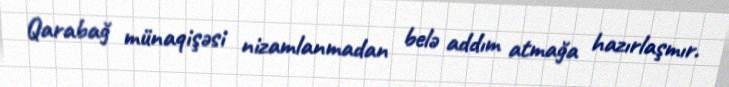
Qarabağ münaqişəsi nizamlanmadan belə addım atmağa hazırlaşmır.